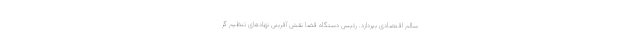
سالم اقتصادی بپردازد. رئیس دستگاه قضا نقش آفرینی نهادهای تنظیم گر